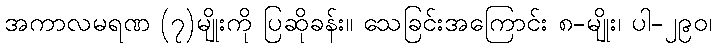
အကာလမရဏ (၇)မျိုးကို ပြဆိုခန်း။ သေခြင်းအကြောင်း ၈-မျိုး၊ ပါ-၂၉၀၊